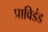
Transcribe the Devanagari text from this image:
प्राविडंड